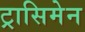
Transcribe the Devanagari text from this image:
ट्रासिमेन